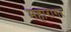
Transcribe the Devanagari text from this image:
महारागर